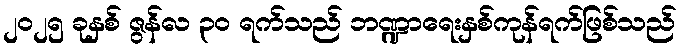
၂၀၂၅ ခုနှစ် ဇွန်လ ၃၀ ရက်သည် ဘဏ္ဍာရေးနှစ်ကုန်ရက်ဖြစ်သည်